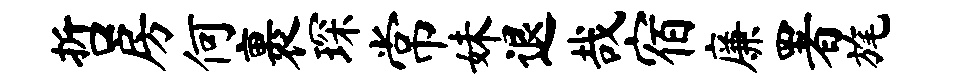
哲房何裹琛常妹退哉宿廉署旄